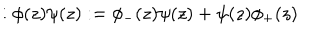
LaTeX: : \phi ( z ) \psi ( z ) : = \phi _ { - } ( z ) \psi ( z ) + \psi ( z ) \phi _ { + } ( z )